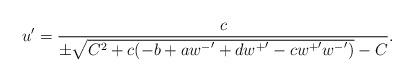
LaTeX: \begin{align*}u' = \frac{c}{\pm \sqrt{C^2 + c(-b + a{w^-}' + d{w^+}' - c{w^+}'{w^-}')} - C}.\end{align*}